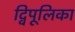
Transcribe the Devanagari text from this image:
द्विपूलिका